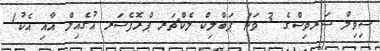
ސިވިލް ސަރވިސްގެ 3 ވަނަ ޕަބްލިކް ލެކްޗަރ ޕްރޮފެސަރ އުގެއިލް އާއި އެކު1